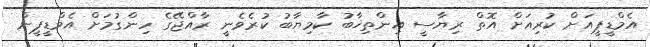
އެމްޑީޕީއަށް ކުރިއަށް އޮތް ރިޔާސީ އިންތިޚާބު ކާމިޔާބު ކުރެވެނީ ރާއްޖޭގެ ހިންގުމަށް އެމްޑީޕީން